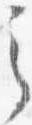
之